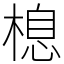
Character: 㮩